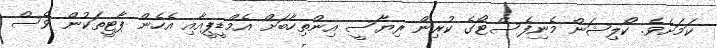
ކަމަށެވެ. ކޯލިޝަން މެނިފެސްޓޯގެ ކުރިން ރިޔާސީ އިންތިހާބަށް އެމްޑީޕީއާއި އެހެން ޕާޓީތަކުން ވެސް